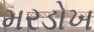
મરડોખ